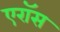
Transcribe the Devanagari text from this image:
एरॉस